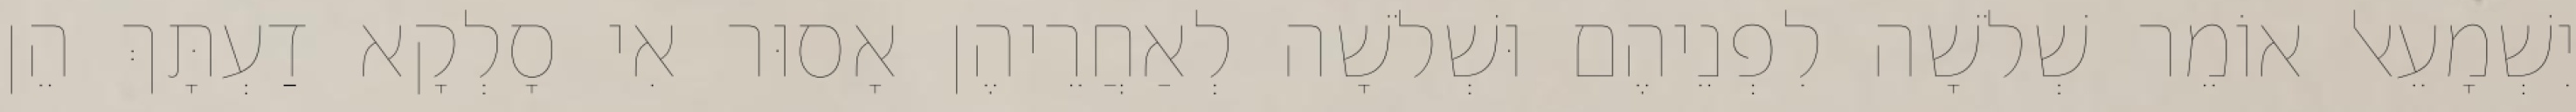
יִשְׁמָעֵאל אוֹמֵר שְׁלֹשָׁה לִפְנֵיהֶם וּשְׁלֹשָׁה לְאַחֲרֵיהֶן אָסוּר אִי סָלְקָא דַעְתָּךְ הֵן